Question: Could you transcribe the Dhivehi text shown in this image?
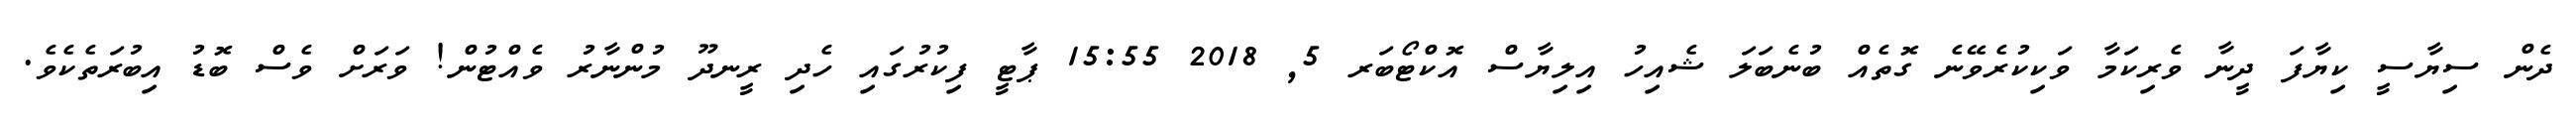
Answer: ދެން ސިޔާސީ ކިޔާފަ ދީނާ ވެރިކަމާ ވަކިކުރެވޭނެ ގޮތެއް ބުނެބަލަ ޝެއިހު އިލިޔާސް އޮކްޓޯބަރ 5, 2018 15:55 ޕާޓީ ފިކުރުގައި ހެދި ރީނދޫ މުންނާރު ވެއްޓުން! ވަރަށް ވެސް ބޮޑު އިބުރަތެކެވެ.